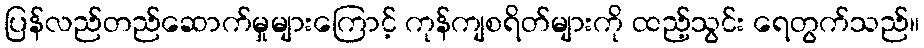
ပြန်လည်တည်ဆောက်မှုများကြောင့် ကုန်ကျစရိတ်များကို ထည့်သွင်း ရေတွက်သည်။